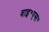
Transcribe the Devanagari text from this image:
वाइ॰एस॰